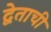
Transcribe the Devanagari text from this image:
द्वेताची